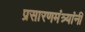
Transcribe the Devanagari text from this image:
प्रसारणमंत्र्यांनी